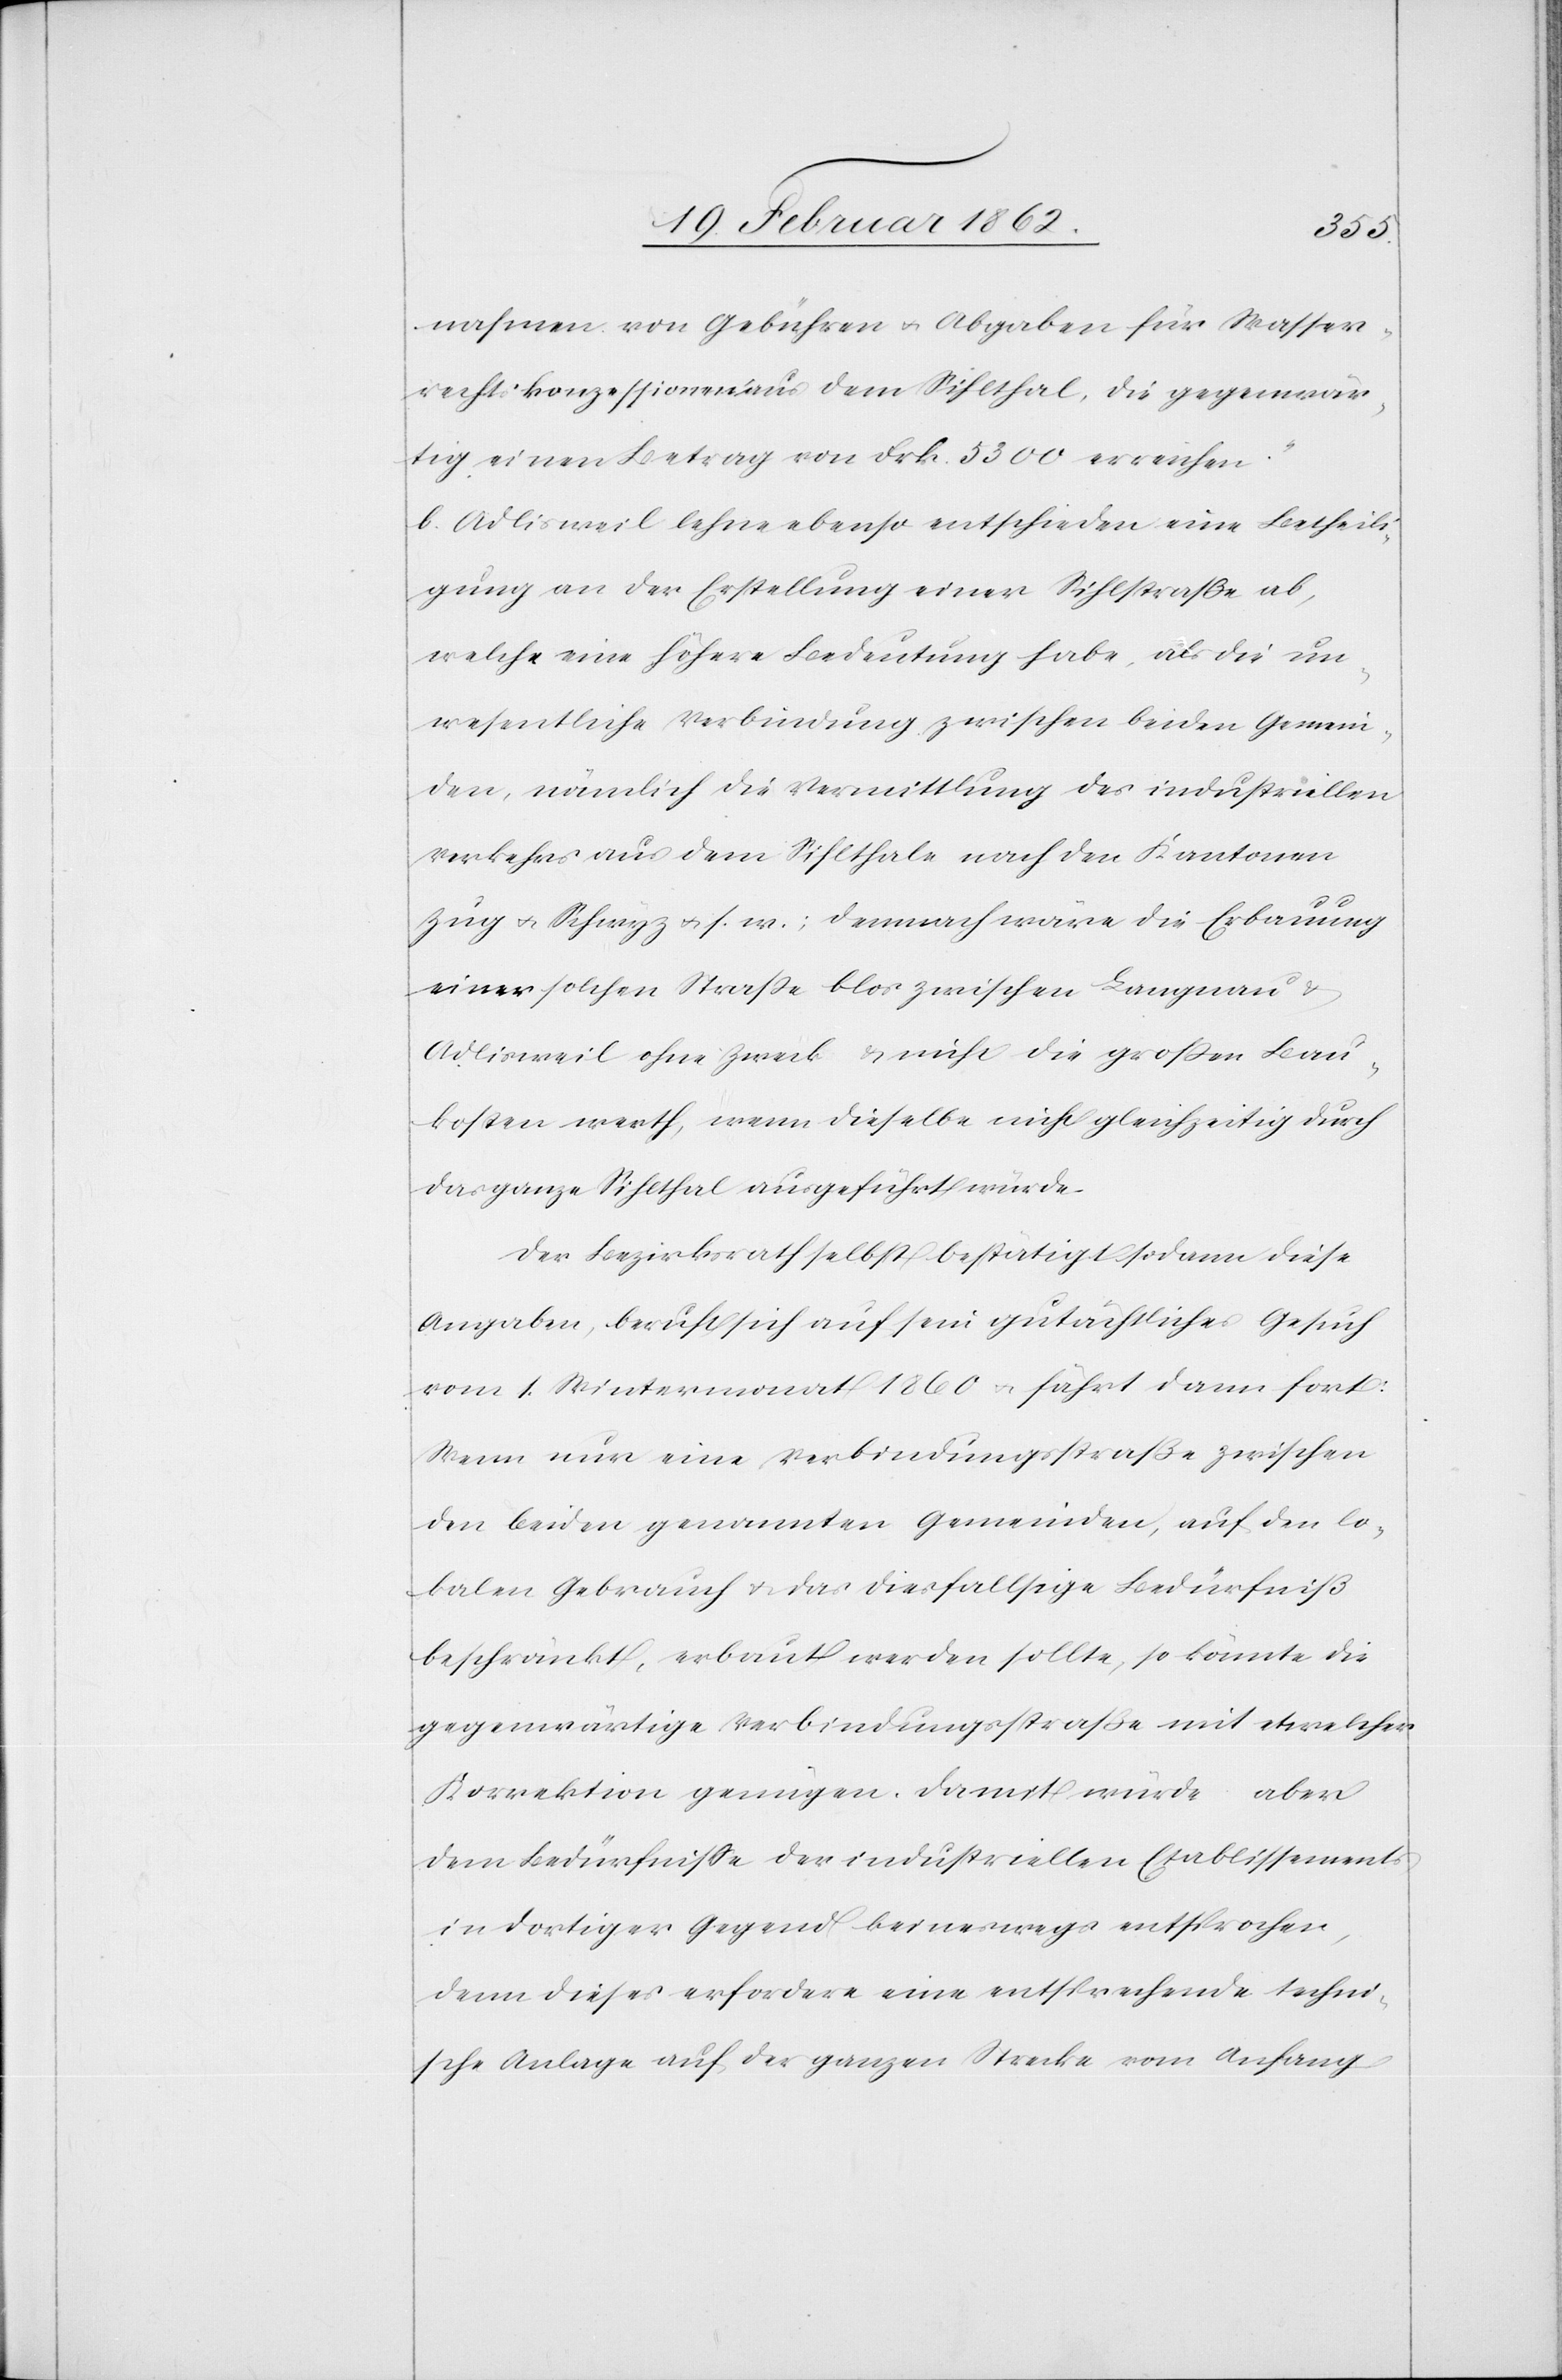
nahmen von Gebühren u. Abgaben für Wasser¬
rechtskonzessionen aus dem Sihlthal, die gegenwär¬
tig einen Betrag von Frk. 5300 erreichen.“
b) Adlisweil lehne ebenso entschieden eine Betheili¬
gung an der Erstellung einer Sihlstraße ab,
welche eine höhere Bedeutung habe, als die un¬
wesentliche Verbindung zwischen beiden Gemein¬
den, nämlich die Vermittlung des industriellen
Verkehrs aus dem Sihlthale nach den Kantonen
Zug u. Schwyz u. s. w.; demnach wäre die Erbauung
einer solchen Straße blos zwischen Langnau
Adlisweil ohne Zweck & nicht die großen Bau¬
kosten werth, wenn dieselbe nicht gleichzeitig durch
das ganze Sihlthal ausgeführt würde.
Der Bezirksrath selbst bestätigt sodann diese
Angaben, beruft sich auf sein gutächtliches Gesuch
vom 1. Wintermonat 1860 u. fährt dann fort:
Wenn nur eine Verbindungsstraße zwischen
den beiden genannten Gemeinden, auf den lo¬
kalen Gebrauch u. das diesfallsige Bedürfniß
beschränkt, erbaut werden sollte, so könnte die
gegenwärtige Verbindungsstraße mit etwelcher
Korrektion genügen. Damit würde aber
dem Bedürfniße der industriellen Etablissements
in dortiger Gegend keineswegs entsprochen,
denn dieses erfordere eine entsprechende techni¬
sche Anlage auf der ganzen Strecke vom Anfang